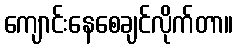
ကျောင်းနေစေချင်လိုက်တာ။